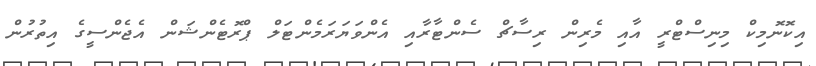
އިކޮނޮމިކް މިނިސްޓްރީ އާއި މެރިން ރިސާޗް ސެންޓާރާއި އެންވަޔަރަމެންޓަލް ޕްރޮޓެންޝަން އެޖެންސީގެ އިތުރުން